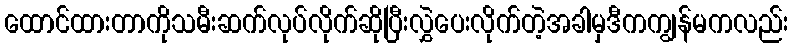
ထောင်ထားတာကိုသမီးဆက်လုပ်လိုက်ဆိုပြီးလွှဲပေးလိုက်တဲ့အခါမှဒီကကျွန်မကလည်း